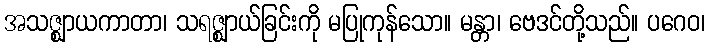
အသဇ္ဈာယကာတာ၊ သရဇ္ဈာယ်ခြင်းကို မပြုကုန်သော။ မန္တာ၊ ဗေဒင်တို့သည်။ ပဂေဝ၊